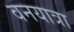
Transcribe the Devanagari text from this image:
वनयात्रा